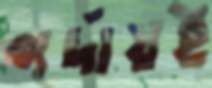
পর্দায়ই